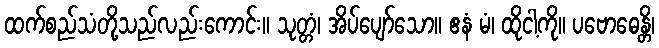
ထက်စည်သံတို့သည်လည်းကောင်း။ သုတ္တံ၊ အိပ်ပျော်သော။ ဧနံ မံ၊ ထိုငါ့ကို။ ပဗောဓေန္တိ၊